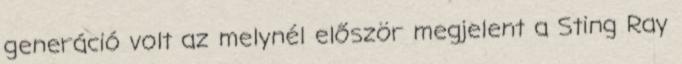
generáció volt az melynél először megjelent a Sting Ray